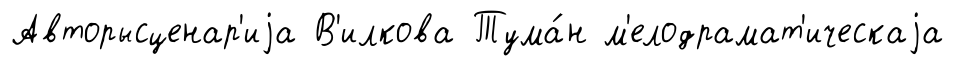
Авторысценар'иjа В'илкова Тума́н м'елодрамат'ическаjа